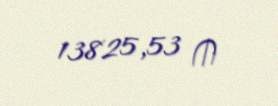
13825,53 ₼